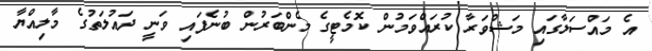
އެ މައްސަލާގައި މަޝްވަރާ ކުރައްވަމުން ކޮމެޓީގެ މެންބަރުން ބުނެފައި ވަނީ ދައުލަތުގެ މާލިއްޔާ